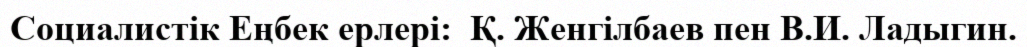
Социалистік Еңбек ерлері:  Қ. Женгілбаев пен В.И. Ладыгин.